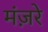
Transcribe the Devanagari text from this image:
मंज़रे